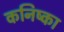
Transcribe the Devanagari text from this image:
कनिष्का